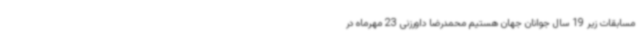
مسابقات زیر 19 سال جوانان جهان هستیم محمدرضا داورزنی 23 مهرماه در